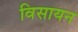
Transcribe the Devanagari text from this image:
विसायन